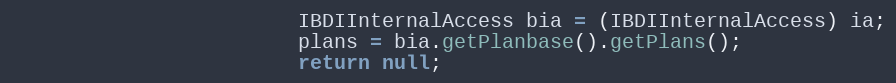
Language: Java
                        IBDIInternalAccess bia = (IBDIInternalAccess) ia;
                        plans = bia.getPlanbase().getPlans();
                        return null;